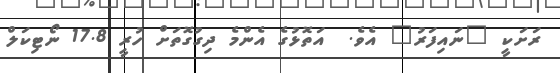
ރަށަކީ "ނައިފަރު" އެވެ.  އަތޮޅުގެ އެންމެ ދިގުގޮތަށް ހުރީ 17.8 ނޯޓިކަލް